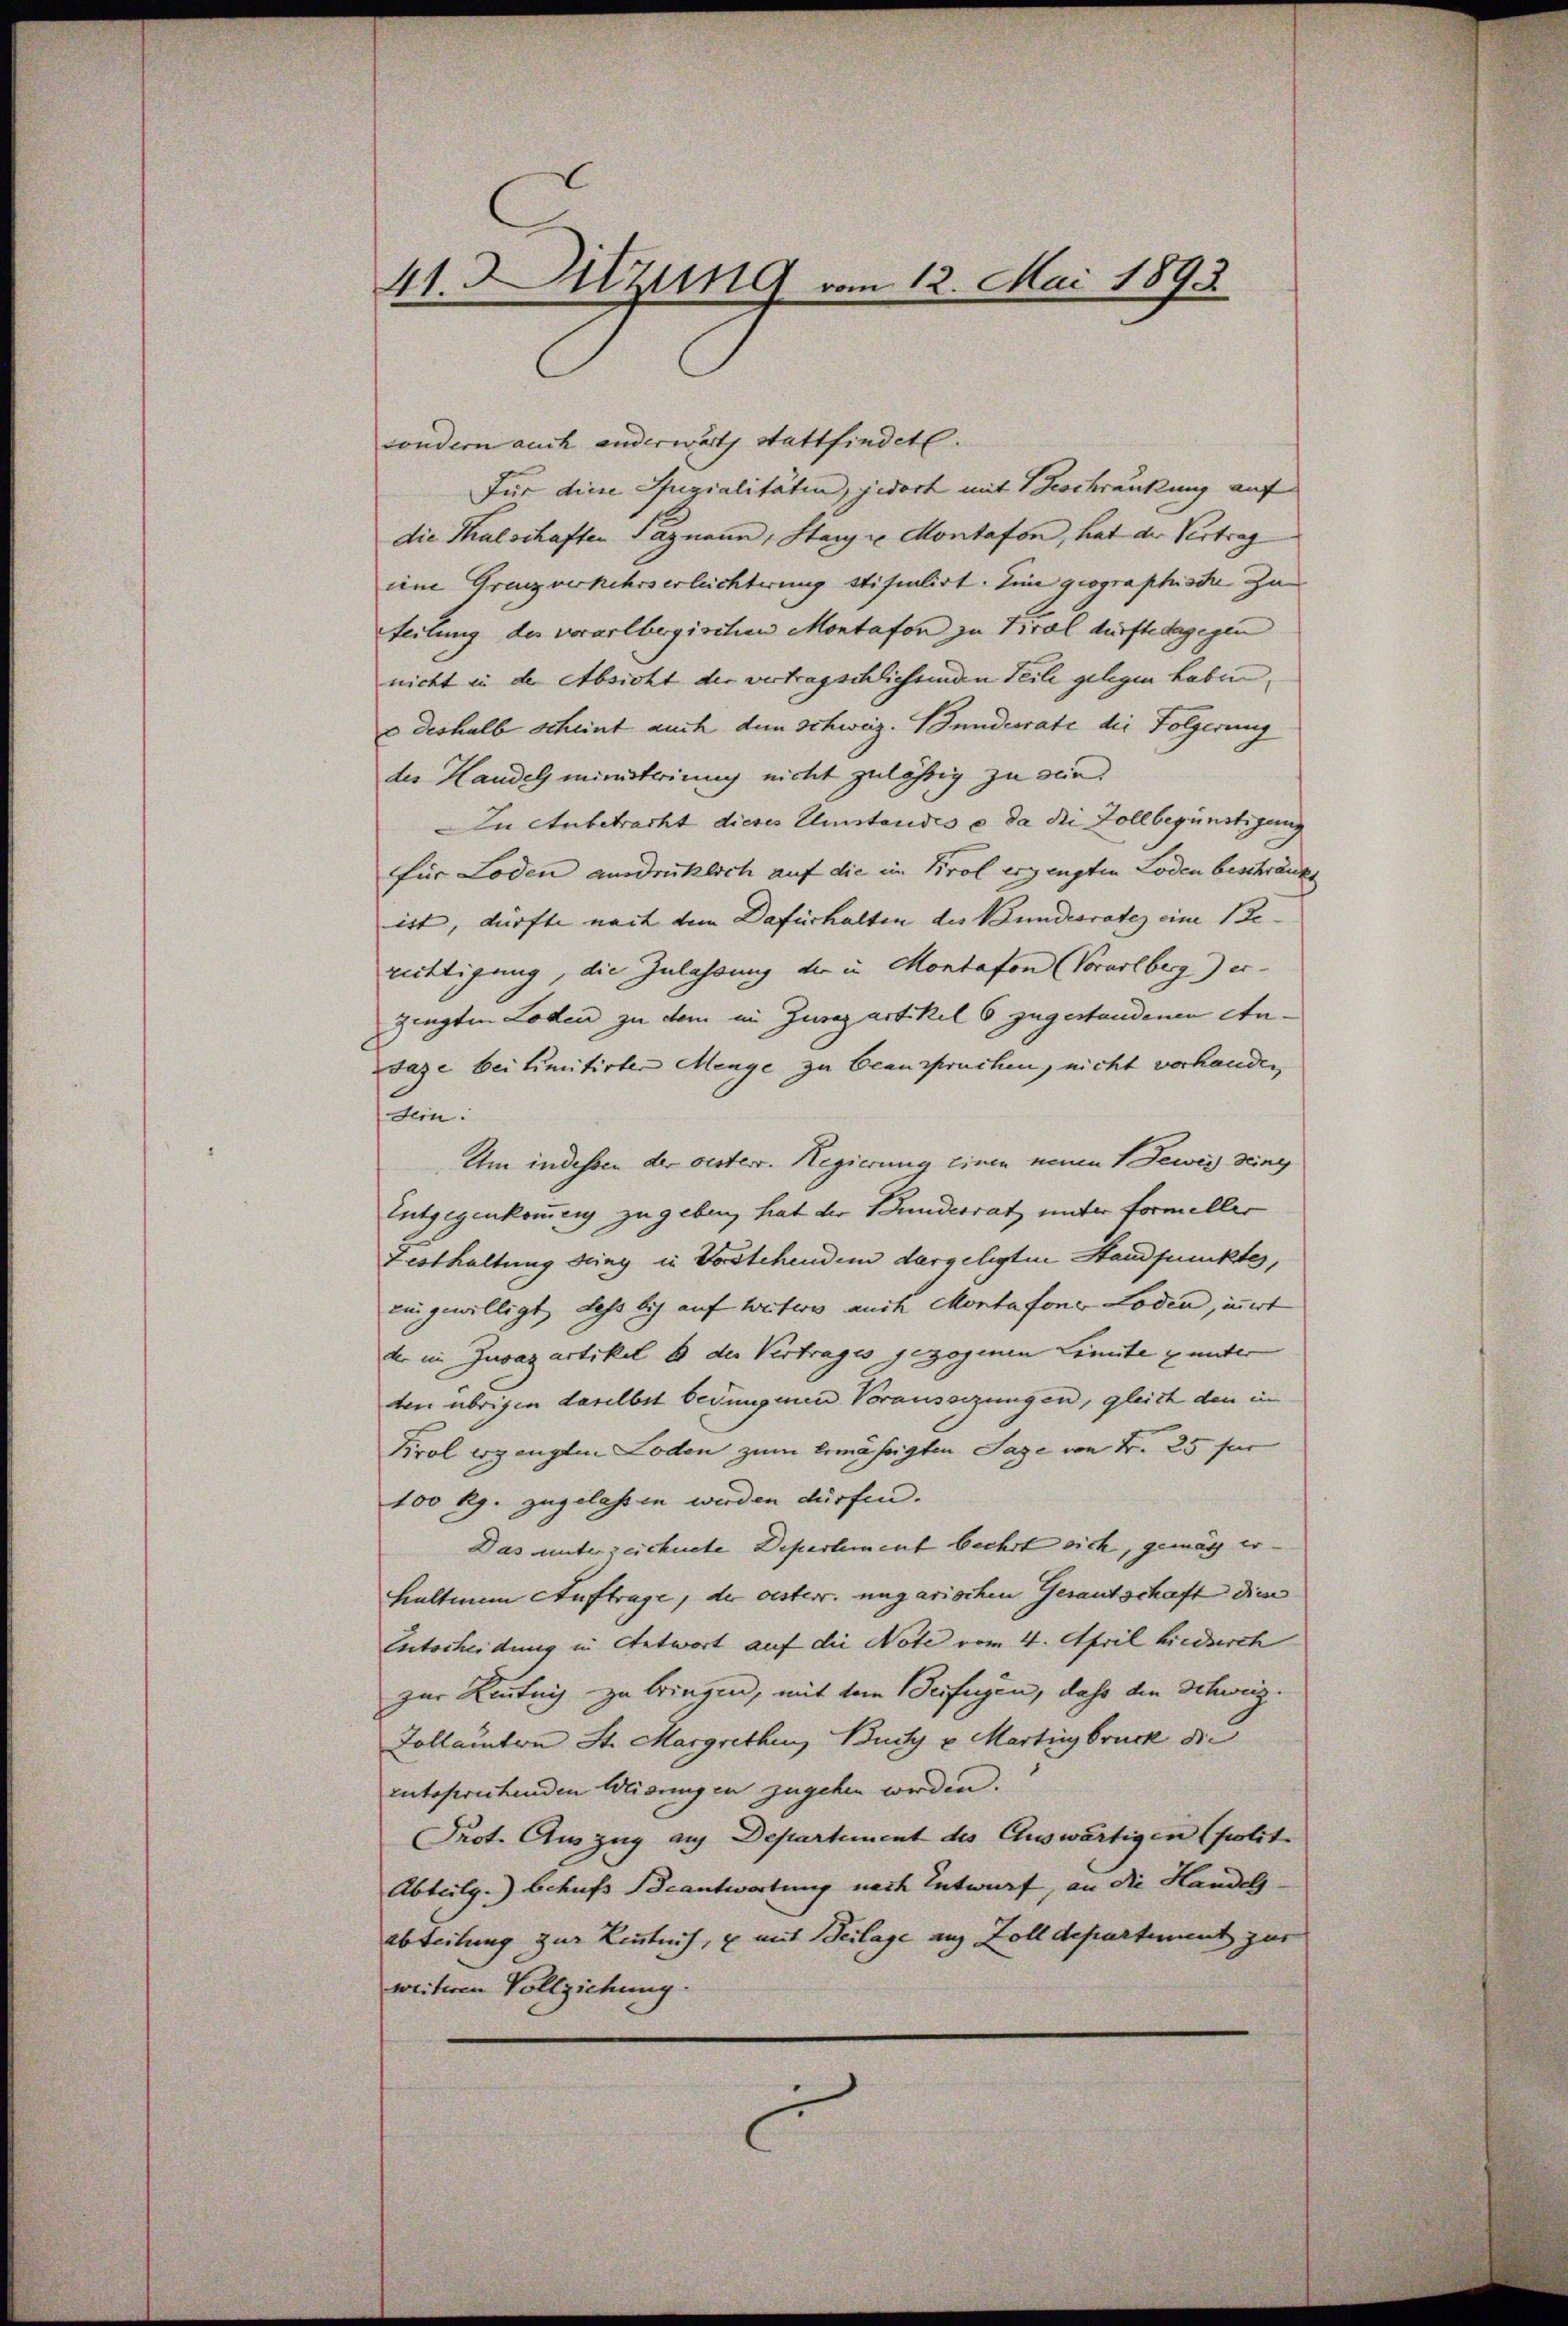
41. Dazung vom 12. Mai 1893

sondern auch anderwärts stattfindet.
Für diese Spezialitäten, jedoch mit Geschränkung auf
die Thalschaften Pazmann, Stanz u Montafon, hat der Vertrag
eine Grenzverkehrserleichterung stipulirt. Eine geographiste Zu
Heilung des vorarlbergischen Montafon zu Tirol dürfte dagegen
nicht in der Absicht der vertragschlichsenden Teile gelegen haben.
 deshalb scheint auch dem Schweiz. Bundesrate die Folgerung
des Handel ministeriung nicht zulässig zu die
In Anbetracht dieses Umstandes u. da die Zollbegünstigung
für Loden ausdrücklich auf die im Brol ergengten Loden beschränkt
ist, dürfte nach dem Dafürhalten der Bundesrates eine Re- |
wittigung, die Zulassung der in Montafon (Vorarlberg) er-
zingten Loden zu dem in Zurepartikel 6 zugestandenen Andaze bei limitirter Menge zu beanspruchen, nicht vorhanden,
sein.
Um indessen der oesterr. Regierung einen neuen 1 Jewei Ding
Entgegenkommen zugeben, hat der Bundesrat unter formeller
Festhaltung seing in Vorstehenden dergelegten Standpunktes,
ein gewilligt, dass bis auf Weiters auch Montafoner Loden, innert
der im Juvazartikel 8 der Vertrages gezogenen Limite unter
den übrigen daselbst bedungenen Voraussezungen, gleich den in
Kirol ergenglen Loden zum Ermässigten Sage von Fr. 25 für
100 Rp. zugelassen werden dürfen.
Das unterzeichnete Departement beehrt sich, gemach er-
Haltmann Auftrage, der oesterr. ungarischen Gesantschaft dies
Entscheidung in Antwort auf die Note vom 4. April hiedurch
zur Kenntnis zu bringen, mit dem Beifügen, daß den Schweiz.
Zollamten St. Margrethen, Buchs u. Martinsbruck die
entsprichenden Weisungen zugehen werden.
Prot. Auszug auf Departement des Auswärtigen (polit.
Abteilg.) behufs Beantwortung nach Entwurf, an die Handels-
abteilung zur Kenntnis, u mit Beilage aus Zolldepartement zur
weiteren Vollziehung.